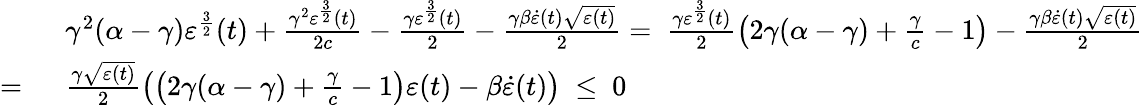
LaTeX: \begin{array}{rl}&{\gamma^{2}(\alpha-\gamma)\varepsilon^{\frac{3}{2}}(t)+\frac{\gamma^{2}\varepsilon^{\frac{3}{2}}(t)}{2c}-\frac{\gamma\varepsilon^{\frac{3}{2}}(t)}{2}-\frac{\gamma\beta\dot{\varepsilon}(t)\sqrt{\varepsilon(t)}}{2}=\ \frac{\gamma\varepsilon^{\frac{3}{2}}(t)}{2}\left(2\gamma(\alpha-\gamma)+\frac{\gamma}{c}-1\right)-\frac{\gamma\beta\dot{\varepsilon}(t)\sqrt{\varepsilon(t)}}{2}}\\ {=\ }&{\frac{\gamma\sqrt{\varepsilon(t)}}{2}\left(\left(2\gamma(\alpha-\gamma)+\frac{\gamma}{c}-1\right)\varepsilon(t)-\beta\dot{\varepsilon}(t)\right)\ \leq\ 0}\end{array}